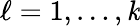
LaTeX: \ell=1,\ldots,\mathit{k}